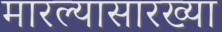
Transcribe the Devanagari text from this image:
मारल्यासारख्या